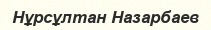
Нұрсұлтан Назарбаев